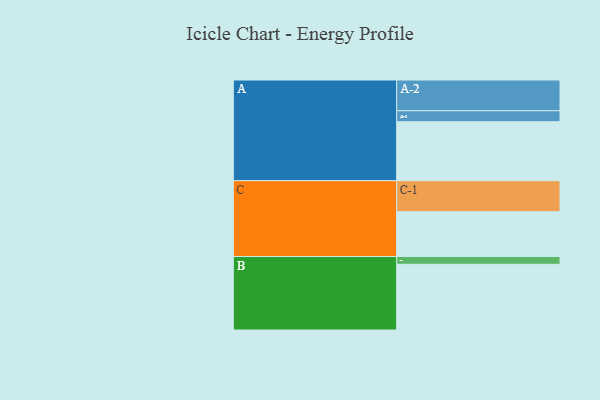
{"axis": {"x": "Segment", "y": "Value"}, "legend": ["", "A", "B", "C"], "data": [{"x": "A", "y": 494, "type": ""}, {"x": "B", "y": 551, "type": ""}, {"x": "C", "y": 376, "type": ""}, {"x": "A-1", "y": 92, "type": "A"}, {"x": "A-2", "y": 258, "type": "A"}, {"x": "B-1", "y": 65, "type": "B"}, {"x": "C-1", "y": 260, "type": "C"}]}